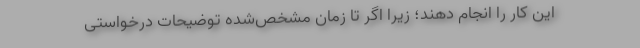
این کار را انجام دهند؛ زیرا اگر تا زمان مشخص‌شده توضیحات درخواستی